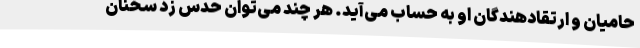
حامیان و ارتقا‌دهندگان او به حساب می‌آید. هر چند می‌توان حدس زد سخنان